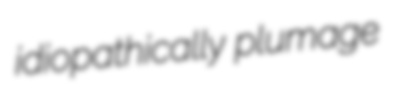
idiopathically plumage